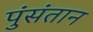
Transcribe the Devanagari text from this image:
पुंसंतान